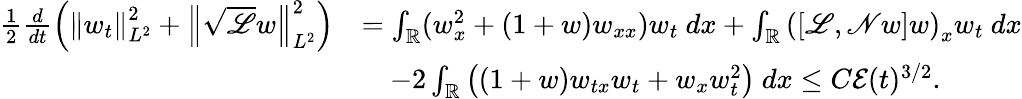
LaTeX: \begin{array}{rl}{\frac{1}{2}\frac{d}{dt}\left(\left\| w_{t}\right\| _{L^{2}}^{2}+\left\| \sqrt{\mathscr{L}}w\right\| _{L^{2}}^{2}\right)}&{=\int_{\mathbb R}(w_{x}^{2}+(1+w)w_{xx})w_{t}\ dx+\int_{\mathbb R}\left(\left[\mathscr{L},\mathscr{N}w\right]w\right)_{x}w_{t}\ dx}\\ &{\quad-2\int_{\mathbb R}\left((1+w)w_{tx}w_{t}+w_{x}w_{t}^{2}\right)\ dx\leq C\mathcal{E}(t)^{3/2}.}\end{array}